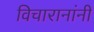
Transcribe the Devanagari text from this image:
विचारानांनी